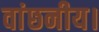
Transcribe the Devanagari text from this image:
वांछनीय।